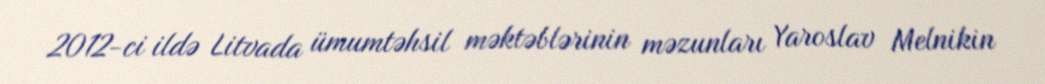
2012-ci ildə Litvada ümumtəhsil məktəblərinin məzunları Yaroslav Melnikin